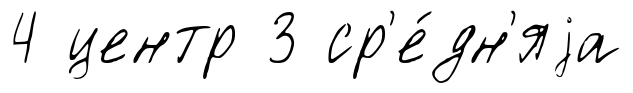
4 центр 3 ср'е́дн'яjа